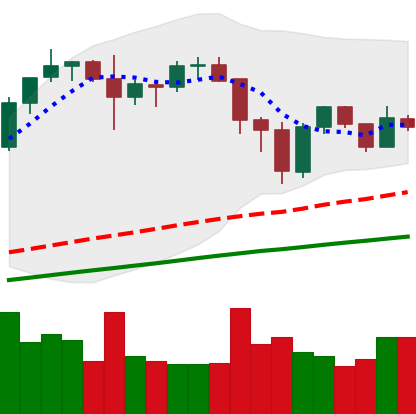
Ticker: BNB-USD
Chart end date: 2021-11-24
Forward return: 7.381%
Label: up_7plus